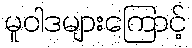
မူဝါဒများကြောင့်